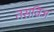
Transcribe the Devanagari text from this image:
तसविज